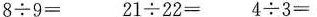
$$8\div 9=$$ $$21\div 22=$$ $$4\div 3=$$